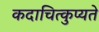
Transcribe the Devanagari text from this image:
कदाचित्कुप्यते